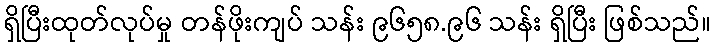
ရှိပြီးထုတ်လုပ်မှု တန်ဖိုးကျပ် သန်း ၉၆၅၈.၉၆ သန်း ရှိပြီး ဖြစ်သည်။